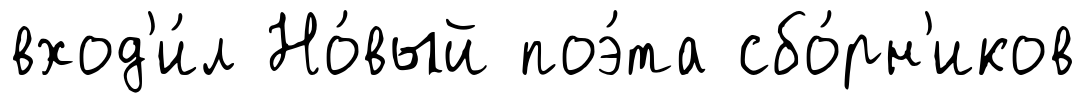
вход'и́л Но́вый поэ́та сбо́рн'иков